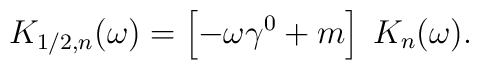
K_{1/2,n}(\omega)=  \left[ -\omega\gamma^0+m \right]\;K_n(\omega).